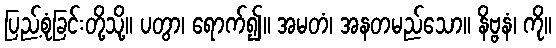
ပြည့်စုံခြင်းတို့သို့။ ပတွာ၊ ရောက်၍။ အမတံ၊ အနတမည်သော။ နိဗ္ဗနံ၊ ကို။